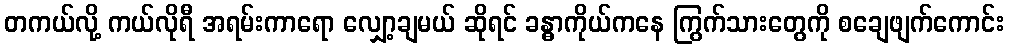
တကယ်လို့ ကယ်လိုရီ အရမ်းကာရော လျှော့ချမယ် ဆိုရင် ခန္ဓာကိုယ်ကနေ ကြွက်သားတွေကို စချေဖျက်ကောင်း